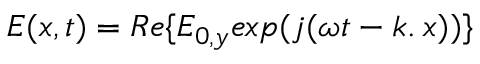
\begin{array} { r } { \boldsymbol { E ( x , t ) } = R e \{ E _ { 0 , y } e x p ( j ( \omega t - \boldsymbol { k . } \: x ) ) \} } \end{array}